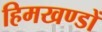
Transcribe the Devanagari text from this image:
हिमखण्डों